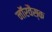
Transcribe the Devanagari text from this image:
नॉरवैस्क